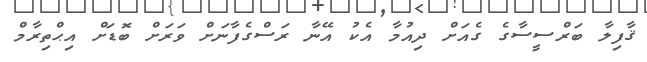
ޤާފިލާ ބަރްސީސާގެ ގެއަށް ދިއުމާ އެކު އޭނާ ރަސްގެފާނަށް ވަރަށް ބޮޑަށް އިޙްތިރާމް